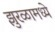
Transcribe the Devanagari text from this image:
झुरळामध्ये